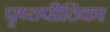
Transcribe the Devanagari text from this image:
पृष्ठपीठिका